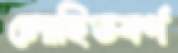
লোহিতবর্ণ